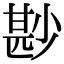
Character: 尠